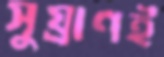
সুঘ্রাণই